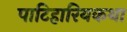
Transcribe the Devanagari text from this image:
पाटिहारियकथा